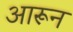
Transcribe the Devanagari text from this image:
आरून